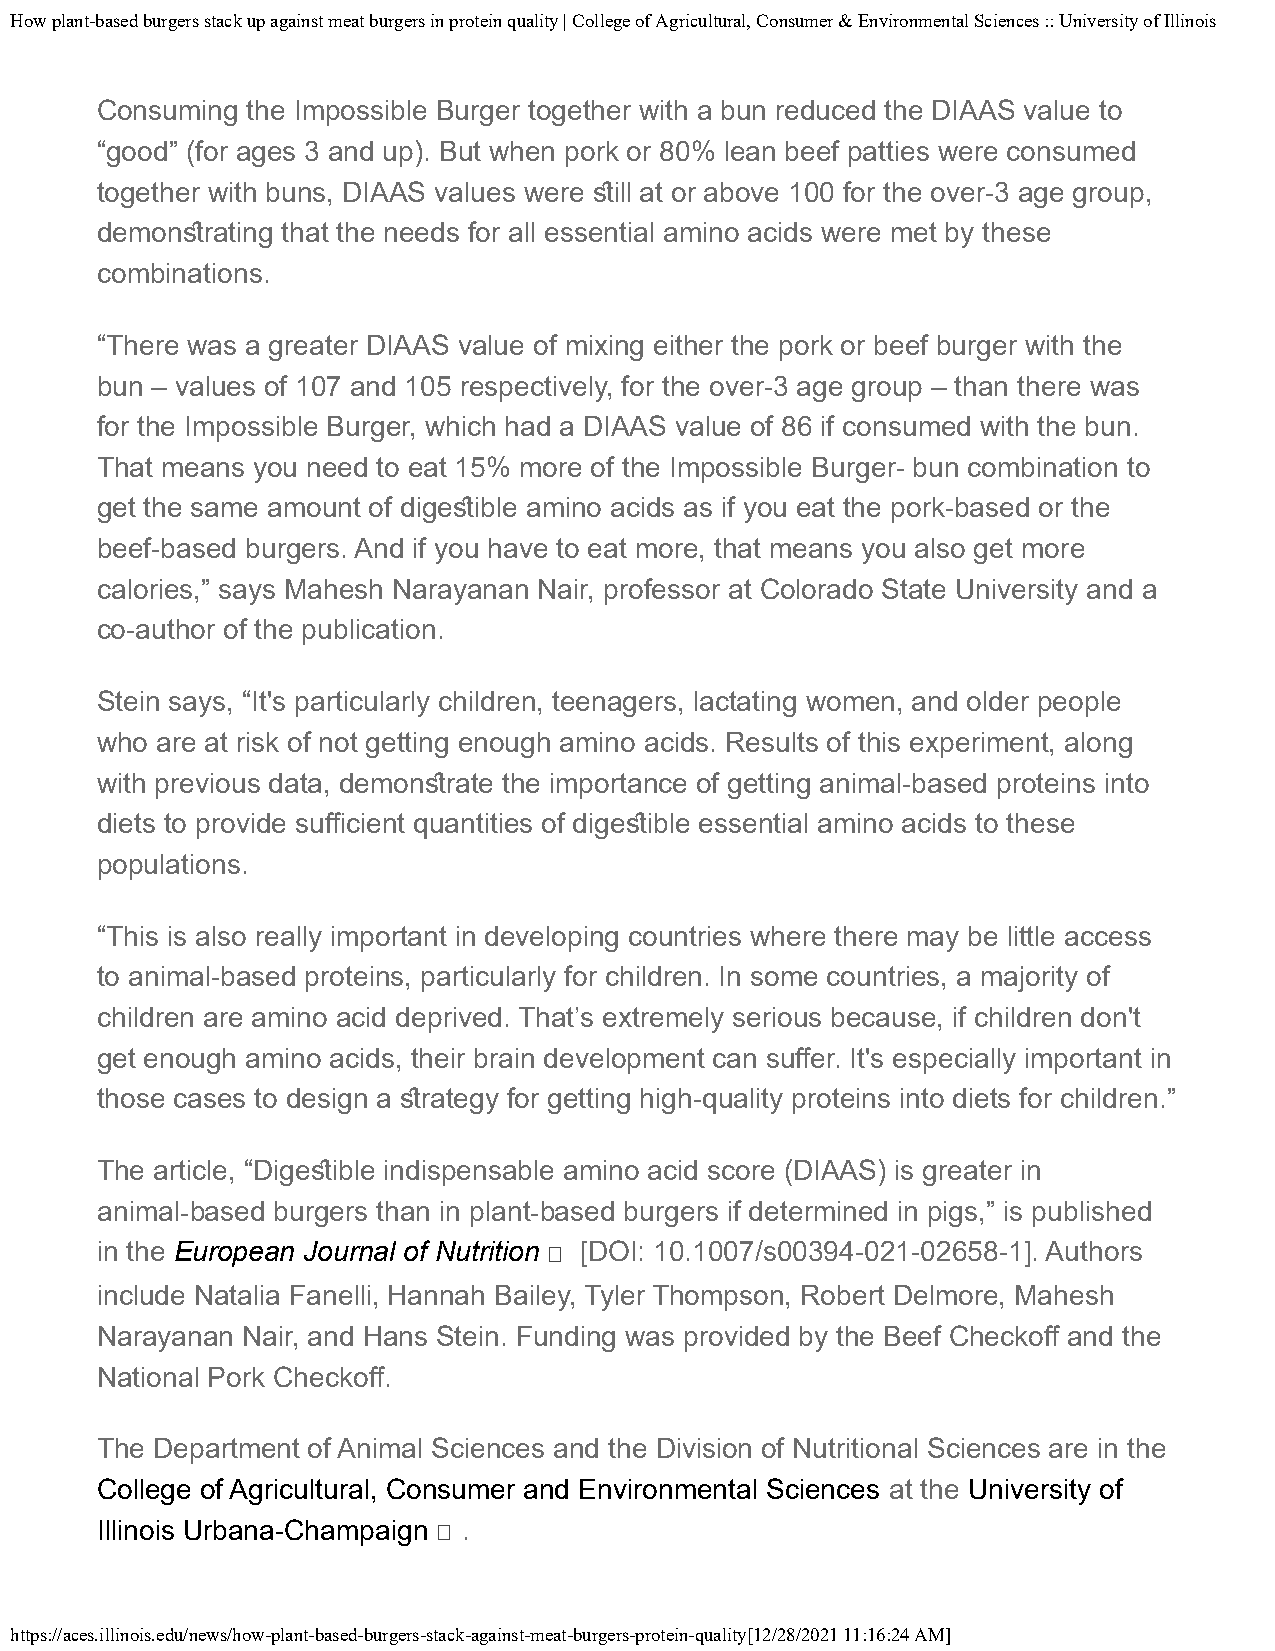
How plant-based burgers stack up against meat burgers in protein quality | College of Agricultural, Consumer & Environmental Sciences :: University of Illinois
 Consuming the Impossible Burger together with a bun reduced the DIAAS value to
 “good” (for ages 3 and up). But when pork or 80% lean beef patties were consumed
 together with buns, DIAAS values were sill at or above 100 for the over-3 age group,
 demonsrating that the needs for all essential amino acids were met by these
 combinations.
 “There was a greater DIAAS value of mixing either the pork or beef burger with the
 bun – values of 107 and 105 respectively, for the over-3 age group – than there was
 for the Impossible Burger, which had a DIAAS value of 86 if consumed with the bun.
 That means you need to eat 15% more of the Impossible Burger- bun combination to
 get the same amount of digesible amino acids as if you eat the pork-based or the
 beef-based burgers. And if you have to eat more, that means you also get more
 calories,” says Mahesh Narayanan Nair, professor at Colorado State University and a
 co-author of the publication.
 Stein says, “It's particularly children, teenagers, lactating women, and older people
 who are at risk of not getting enough amino acids. Results of this experiment, along
 with previous data, demonsrate the importance of getting animal-based proteins into
 diets to provide sufcient quantities of digesible essential amino acids to these
 populations.
 “This is also really important in developing countries where there may be little access
 to animal-based proteins, particularly for children. In some countries, a majority of
 children are amino acid deprived. That’s extremely serious because, if children don't
 get enough amino acids, their brain development can sufer. It's especially important in
 those cases to design a srategy for getting high-quality proteins into diets for children.”
 The article, “Digesible indispensable amino acid score (DIAAS) is greater in
 animal‑based burgers than in plant‑based burgers if determined in pigs,” is published
 in the European Journal of Nutrition [DOI: 10.1007/s00394-021-02658-1]. Authors
 include Natalia Fanelli, Hannah Bailey, Tyler Thompson, Robert Delmore, Mahesh
 Narayanan Nair, and Hans Stein. Funding was provided by the Beef Checkof and the
 National Pork Checkof.
 The Department of Animal Sciences and the Division of Nutritional Sciences are in the
 College of Agricultural, Consumer and Environmental Sciences at the University of
 Illinois Urbana-Champaign .
 https://aces.illinois.edu/news/how-plant-based-burgers-stack-against-meat-burgers-protein-quality[12/28/2021 11:16:24 AM]